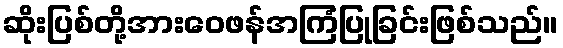
ဆိုးပြစ်တို့အားဝေဖန်အကြံပြုခြင်းဖြစ်သည်။